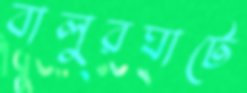
বালুরঘাটে